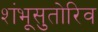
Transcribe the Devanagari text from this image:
शंभूसुतोरिव